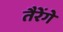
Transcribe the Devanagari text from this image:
तैरेंगे